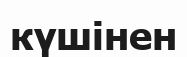
күшінен